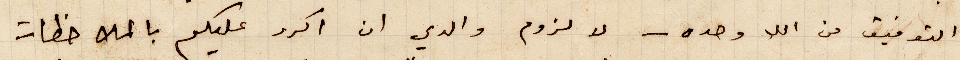
التوفيق من الله وحده - لا لزوم والدي ان اكرر عليكم بالملاحظات